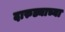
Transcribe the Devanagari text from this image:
दारुड्याच्या